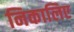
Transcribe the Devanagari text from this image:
निकालिए